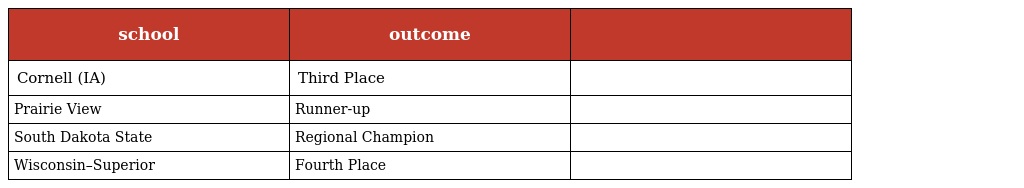
| school | outcome |  |
 | --- | --- | --- |
 | Cornell (IA) | Third Place |  |
 | Prairie View | Runner-up |  |
 | South Dakota State | Regional Champion |  |
 | Wisconsin–Superior | Fourth Place |  |